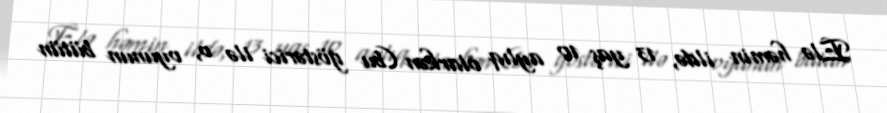
Elə həmin ildə, 13 yaş 10 aylıq olarkən (bu göstərici ilə o, oyunun bütün